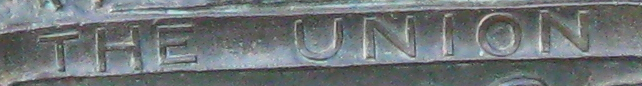
THE UNION